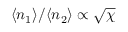
\langle n _ { 1 } \rangle / \langle n _ { 2 } \rangle \propto \sqrt { \chi }